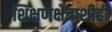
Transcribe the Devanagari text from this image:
शिक्षणक्षेत्राशीही